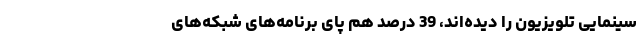
سینمایی تلویزیون را دیده‌اند، 39 درصد هم پای برنامه‌های شبکه‌های